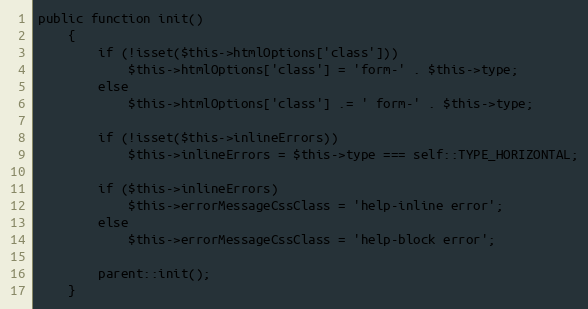
Language: PHP
public function init()
	{
		if (!isset($this->htmlOptions['class']))
			$this->htmlOptions['class'] = 'form-' . $this->type;
		else
			$this->htmlOptions['class'] .= ' form-' . $this->type;

		if (!isset($this->inlineErrors))
			$this->inlineErrors = $this->type === self::TYPE_HORIZONTAL;

		if ($this->inlineErrors)
			$this->errorMessageCssClass = 'help-inline error';
		else
			$this->errorMessageCssClass = 'help-block error';

		parent::init();
	}